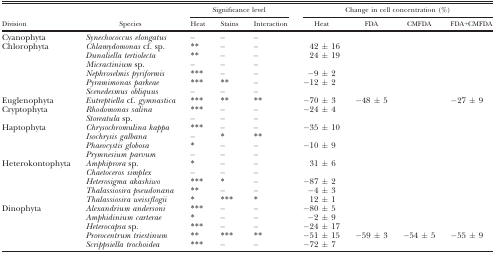
| <ROWSPAN=2> Division | <ROWSPAN=2> Species | <COLSPAN=3> Significance level | <COLSPAN=4> Change in cell concentration (%) |
 | Heat | Stains | Interaction | Heat | FDA | CMFDA | FDA+CMFDA |
 | --- | --- | --- | --- | --- | --- | --- | --- | --- |
 | Cyanophyta | Synechococcus elongatus | – | – | – |  |  |  |  |
 | <ROWSPAN=6> Chlorophyta | Chlamydomonas cf. sp. | ** | – | – | 42 ± 16 |  |  |  |
 | Dunaliella tertiolecta | ** | – | – | 24 ± 19 |  |  |  |
 | Micractinium sp. | – | – | – |  |  |  |  |
 | Nephroselmis pyriformis | *** | – | – | −9 ± 2 |  |  |  |
 | Pyramimonas parkeae | *** | ** | – | −12 ± 2 |  |  |  |
 | Scenedesmus obliquus | – | – | – |  |  |  |  |
 | Euglenophyta | Eutreptiella cf. gymnastica | *** | ** | ** | −70 ± 3 | −48 ± 5 |  | −27 ± 9 |
 | <ROWSPAN=2> Cryptophyta | Rhodomonas salina | *** | – | – | −24 ± 4 |  |  |  |
 | Storeatula sp. | – | – | – |  |  |  |  |
 | <ROWSPAN=4> Haptophyta | Chrysochromulina kappa | *** | – | – | −35 ± 10 |  |  |  |
 | Isochrysis galbana | – | * | ** |  |  |  |  |
 | Phaeocystis globosa | * | – | – | −10 ± 9 |  |  |  |
 | Prymnesium parvum | – | – | – |  |  |  |  |
 | <ROWSPAN=5> Heterokontophyta | Amphiprora sp. | * | – | – | 31 ± 6 |  |  |  |
 | Chaetoceros simplex | – | – | – |  |  |  |  |
 | Heterosigma akashiwo | *** | * | – | −87 ± 2 |  |  |  |
 | Thalassiosira pseudonana | ** | – | – | −4 ± 3 |  |  |  |
 | Thalassiosira weissflogii | * | *** | * | 12 ± 1 |  |  |  |
 | <ROWSPAN=5> Dinophyta | Alexandrium andersoni | *** | – | – | −80 ± 5 |  |  |  |
 | Amphidinium carterae | * | – | – | −2 ± 9 |  |  |  |
 | Heterocapsa sp. | *** | – | – | −24 ± 17 |  |  |  |
 | Prorocentrum triestinum | ** | *** | ** | −51 ± 15 | −59 ± 3 | −54 ± 5 | −55 ± 9 |
 | Scrippsiella trochoidea | *** | – | – | −72 ± 7 |  |  |  |